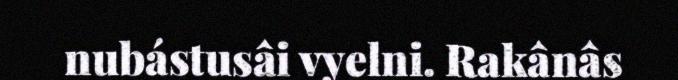
nubástusâi vyelni. Rakânâs